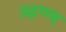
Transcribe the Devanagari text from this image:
उद्गगम्